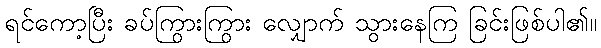
ရင်ကော့ပြီး ခပ်ကြွားကြွား လျှောက် သွားနေကြ ခြင်းဖြစ်ပါ၏။